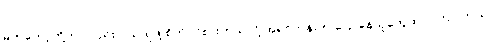
မက်ကော့တို့ဟာလည်း ဝယ်ယူဖို့ စိတ်ဝင်စားတယ်လို့ အရင်တုန်းက ပြောနေသူတွေထဲ ပါကြပါတယ်။